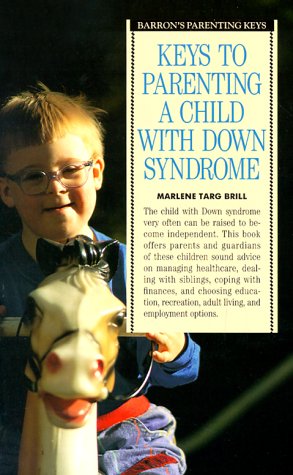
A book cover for Keys to Parenting a Child with Down Syndrome (Barron's Parenting Keys); Marlene Targ Brill; Health, Fitness & Dieting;